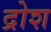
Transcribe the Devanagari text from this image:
द्रोश